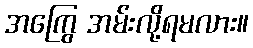
အကြွေ အမ်းလို့ရမလား။